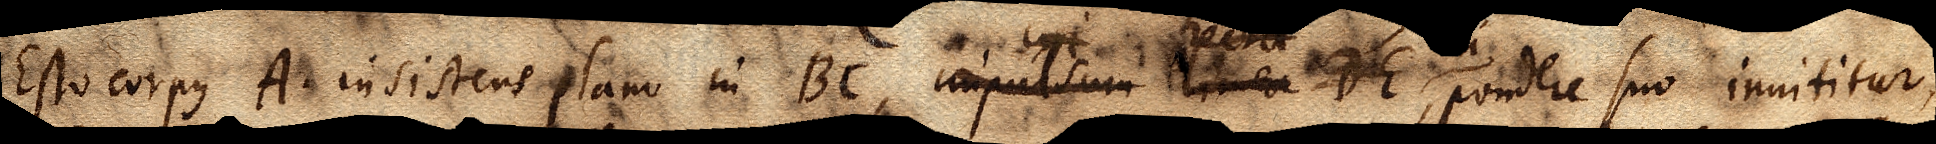
Esto corpus A. insistens plano in BC, impulsum linea DE, pondere suo innititur,